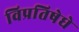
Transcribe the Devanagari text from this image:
विप्रतिषेधे